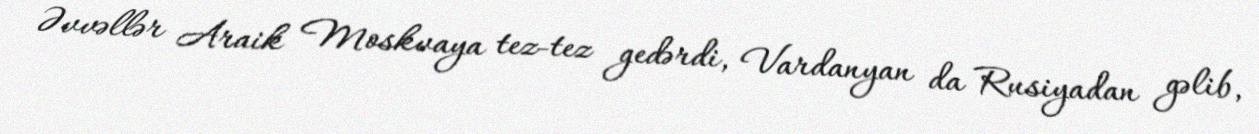
Əvvəllər Araik Moskvaya tez-tez gedərdi, Vardanyan da Rusiyadan gəlib,